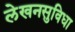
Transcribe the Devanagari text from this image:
लेखनसुविधा